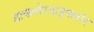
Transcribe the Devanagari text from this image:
डाक्लोरडाइफ्लोर